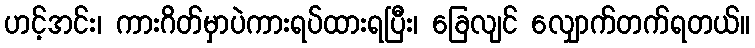
ဟင့်အင်း၊ ကားဂိတ်မှာပဲကားရပ်ထားရပြီး၊ ခြေလျင် လျှောက်တက်ရတယ်။